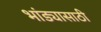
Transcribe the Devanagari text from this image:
भांड्यासाठी